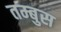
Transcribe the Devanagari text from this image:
तम्बुस